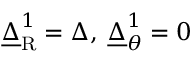
\underline { { \Delta } } _ { \mathrm { R } } ^ { 1 } = \Delta , \: \underline { { \Delta } } _ { \theta } ^ { 1 } = 0